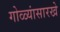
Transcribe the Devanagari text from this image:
गोळ्यांसारखे